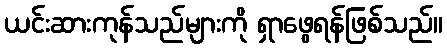
ယင်းဆားကုန်သည်များကို ရှာဖွေရန်ဖြစ်သည်။